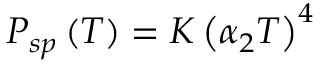
{ \cal P } _ { s p } \left( T \right) = { \cal K } \left( \alpha _ { 2 } T \right) ^ { 4 }